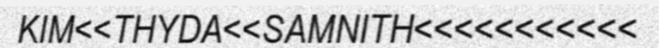
KIM<<THYDA<<SAMNITH<<<<<<<<<<<